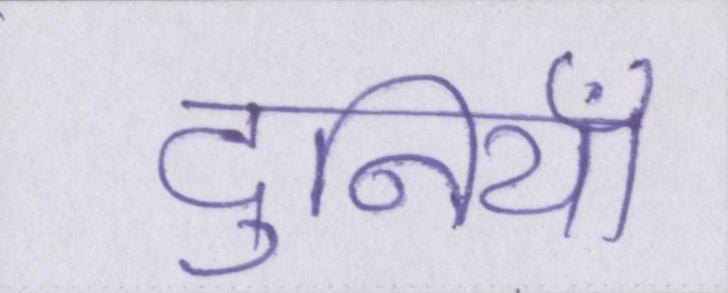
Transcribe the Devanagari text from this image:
दुनियाँ